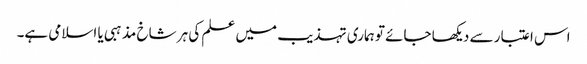
اس اعتبار سے دیکھا جائے تو ہماری تہذیب میں علم کی ہر شاخ مذہبی یا اسلامی ہے۔